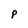
Character: p